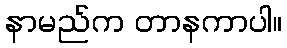
နာမည်က တာနကာပါ။